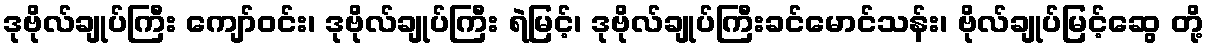
ဒုဗိုလ်ချုပ်ကြီး ကျော်ဝင်း၊ ဒုဗိုလ်ချုပ်ကြီး ရဲမြင့်၊ ဒုဗိုလ်ချုပ်ကြီးခင်မောင်သန်း၊ ဗိုလ်ချုပ်မြင့်ဆွေ တို့